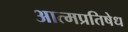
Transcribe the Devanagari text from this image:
आत्मप्रतिषेध